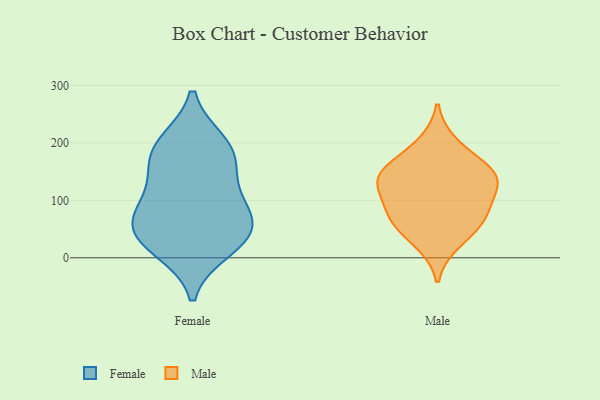
{"axis": {"x": "Demand Index", "y": "Value"}, "legend": ["Female", "Male"], "data": [{"x": "", "y": 153, "type": "Female"}, {"x": "", "y": 195, "type": "Female"}, {"x": "", "y": 89, "type": "Female"}, {"x": "", "y": 53, "type": "Female"}, {"x": "", "y": 200, "type": "Female"}, {"x": "", "y": 67, "type": "Female"}, {"x": "", "y": 171, "type": "Female"}, {"x": "", "y": 103, "type": "Female"}, {"x": "", "y": 29, "type": "Female"}, {"x": "", "y": 15, "type": "Female"}, {"x": "", "y": 40, "type": "Female"}, {"x": "", "y": 151, "type": "Male"}, {"x": "", "y": 26, "type": "Male"}, {"x": "", "y": 122, "type": "Male"}, {"x": "", "y": 147, "type": "Male"}, {"x": "", "y": 71, "type": "Male"}, {"x": "", "y": 155, "type": "Male"}, {"x": "", "y": 56, "type": "Male"}, {"x": "", "y": 73, "type": "Male"}, {"x": "", "y": 199, "type": "Male"}, {"x": "", "y": 101, "type": "Male"}, {"x": "", "y": 132, "type": "Male"}]}